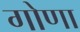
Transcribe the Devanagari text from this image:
गोणा